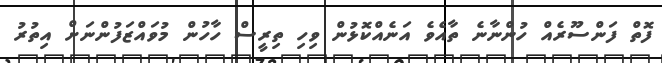
ފޮތް ފަންސޫރެއް ހުންނާނެ ތާއެވެ އަނެއްކޮޅުން ވިހި ތިރީސް ހާހުން މުވައްޒަފުންނަށް އިތުރު